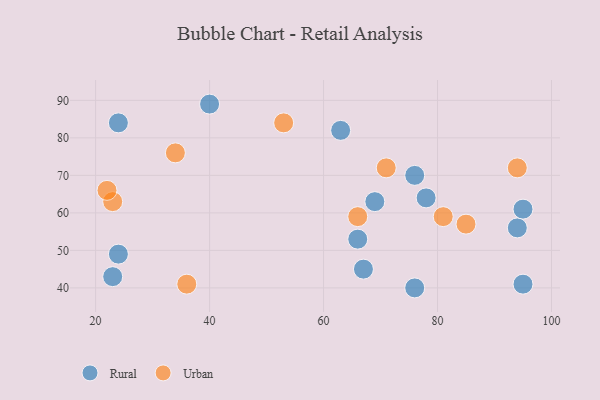
{"axis": {"x": "GDP", "y": "Life Expectancy"}, "legend": ["Rural", "Urban"], "data": [{"x": "76", "y": 70, "type": "Rural"}, {"x": "23", "y": 43, "type": "Rural"}, {"x": "95", "y": 41, "type": "Rural"}, {"x": "40", "y": 89, "type": "Rural"}, {"x": "24", "y": 84, "type": "Rural"}, {"x": "69", "y": 63, "type": "Rural"}, {"x": "67", "y": 45, "type": "Rural"}, {"x": "76", "y": 40, "type": "Rural"}, {"x": "94", "y": 56, "type": "Rural"}, {"x": "66", "y": 53, "type": "Rural"}, {"x": "95", "y": 61, "type": "Rural"}, {"x": "63", "y": 82, "type": "Rural"}, {"x": "24", "y": 49, "type": "Rural"}, {"x": "78", "y": 64, "type": "Rural"}, {"x": "85", "y": 57, "type": "Urban"}, {"x": "94", "y": 72, "type": "Urban"}, {"x": "23", "y": 63, "type": "Urban"}, {"x": "22", "y": 66, "type": "Urban"}, {"x": "66", "y": 59, "type": "Urban"}, {"x": "81", "y": 59, "type": "Urban"}, {"x": "34", "y": 76, "type": "Urban"}, {"x": "71", "y": 72, "type": "Urban"}, {"x": "53", "y": 84, "type": "Urban"}, {"x": "36", "y": 41, "type": "Urban"}]}